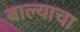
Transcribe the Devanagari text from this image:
बाल्याचा